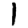
Digit: 1